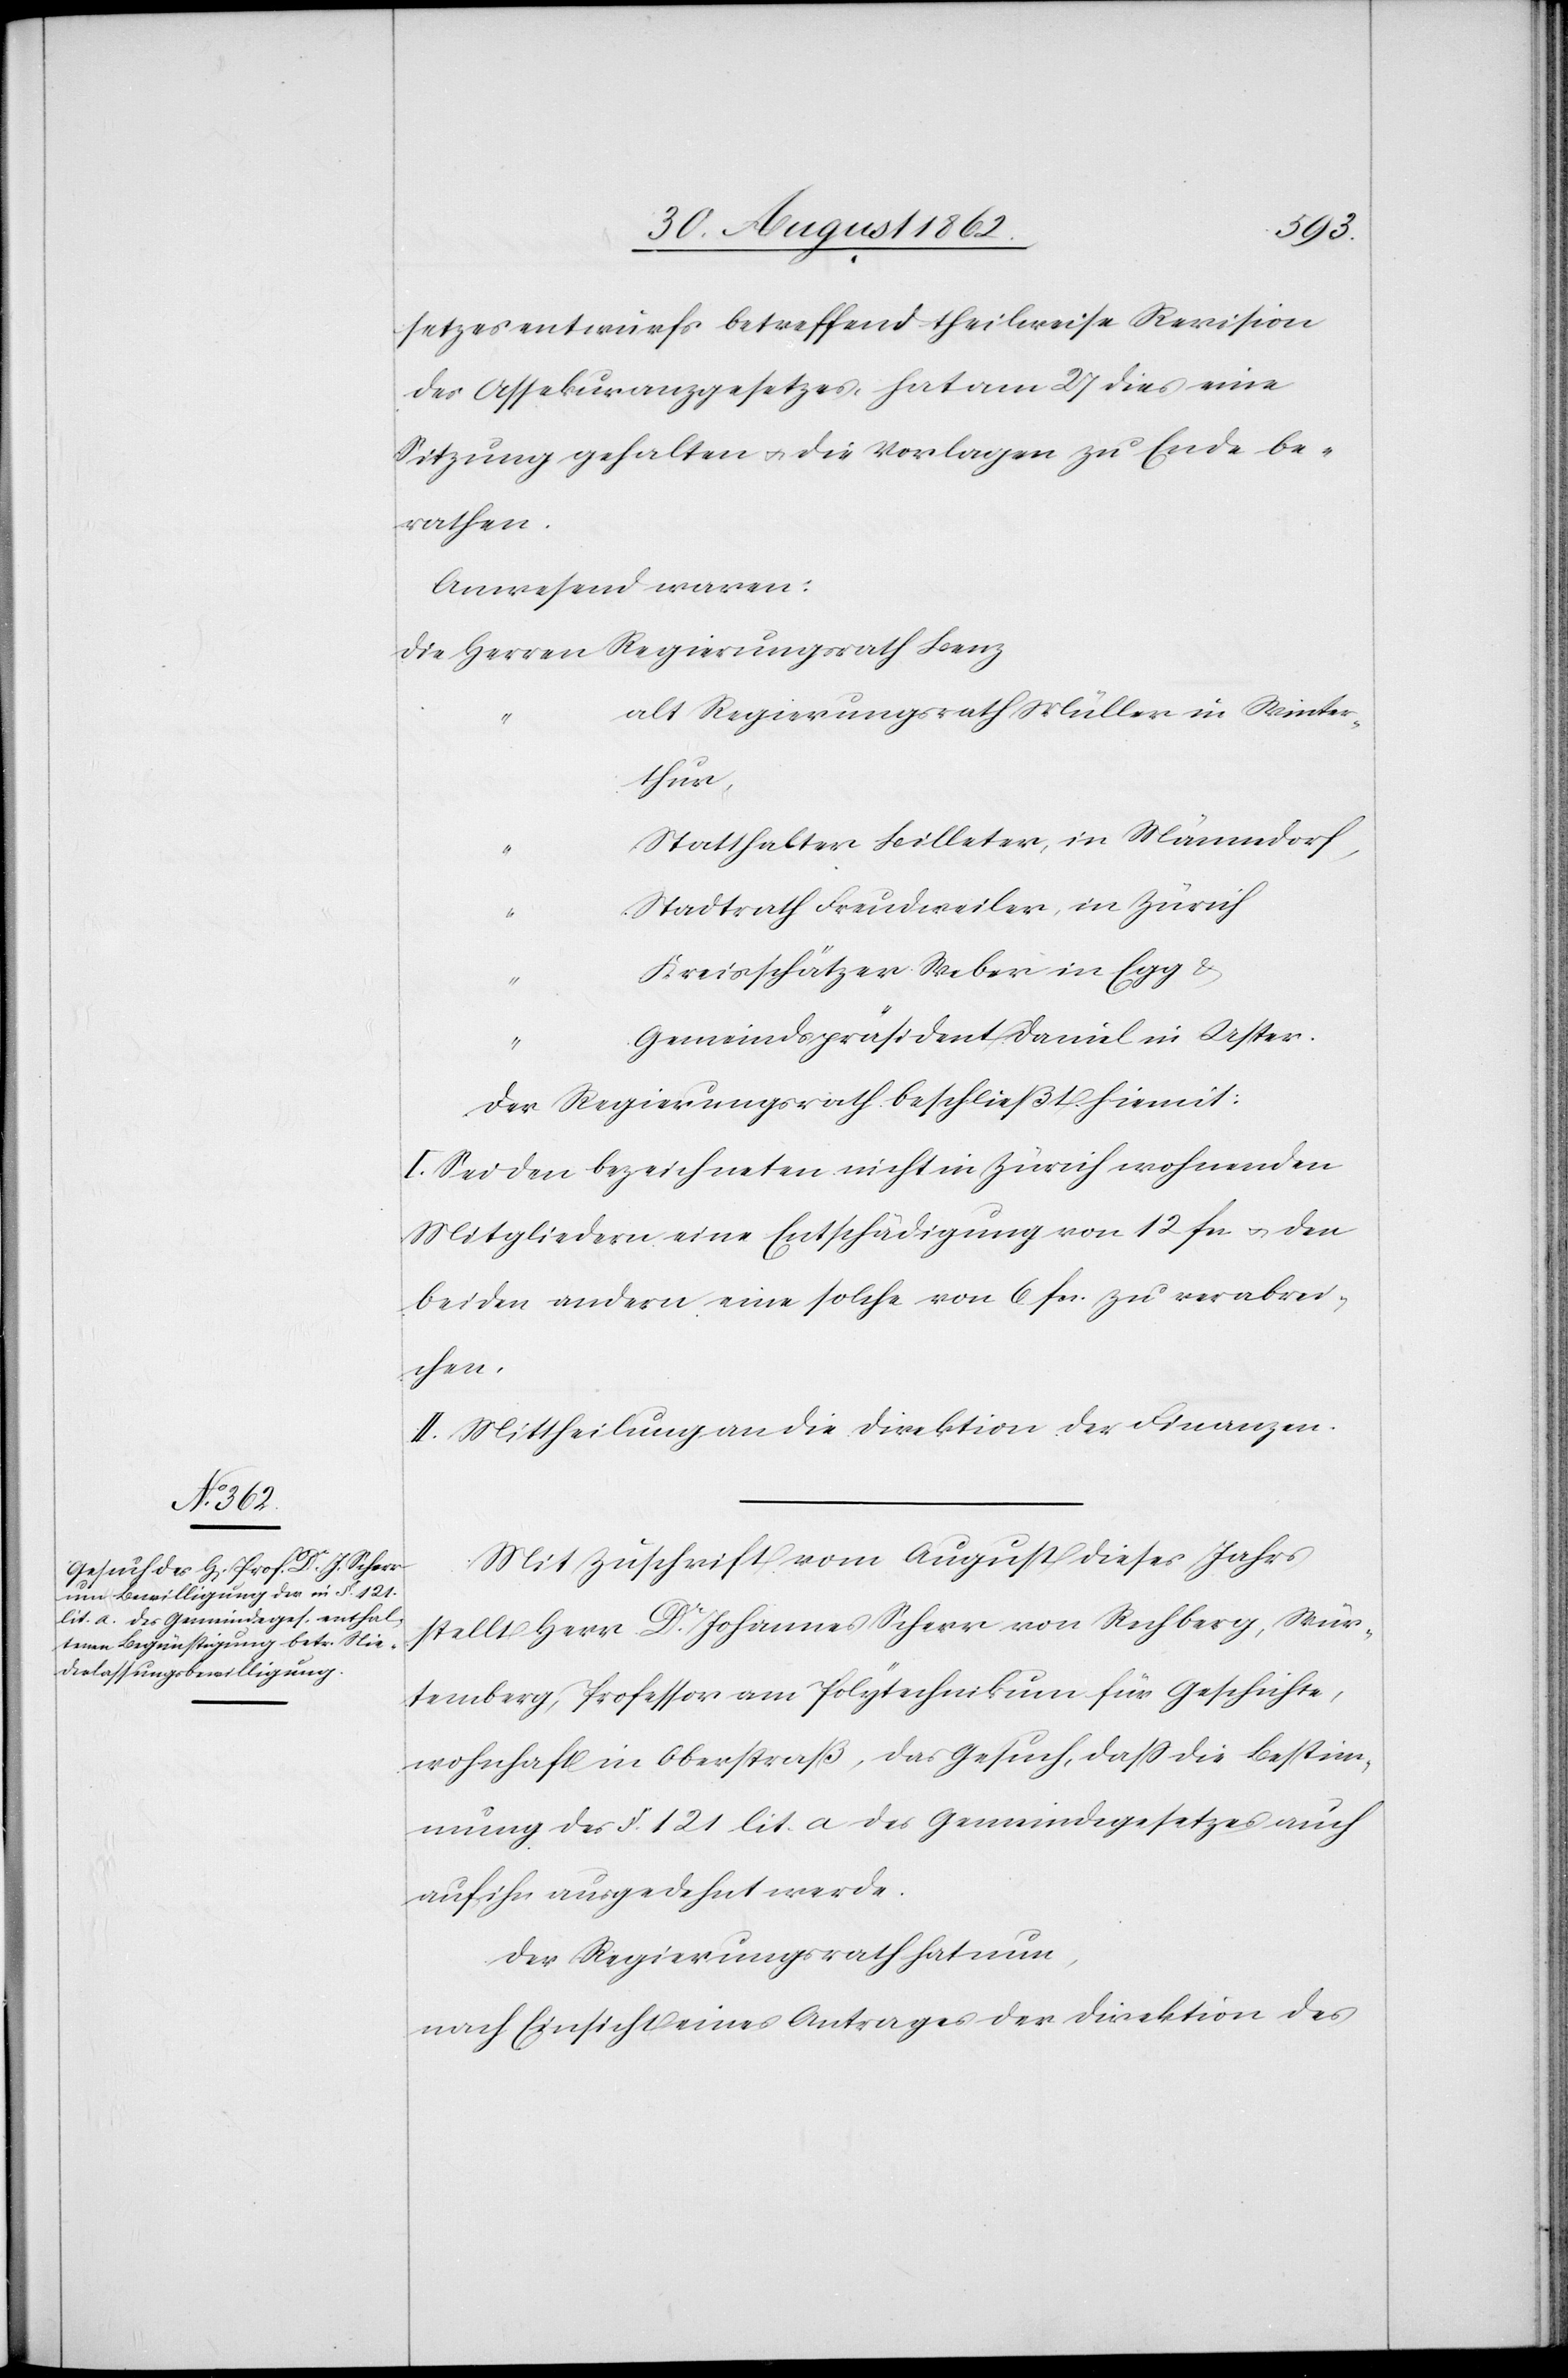
setzesentwurfs betreffend theilweise Revision
des Assekuranzgesetzes, hat am 27. dies eine
Sitzung gehalten u. die Vorlagen zu Ende be¬
rathen.
Anwesend waren:
alt Regierungsrath Müller in Winter¬
thur,
Statthalter Billeter, in Männedorf,
Stadtrath Freudweiler, in Zürich
Kreisschätzer Weber in Egg u.
Gemeindspräsident Daniel in Uster.
Der Regierungsrath beschließt hiemit:
I. Sei den bezeichneten nicht in Zürich wohnenden
Mitgliedern eine Entschädigung von 12 fcs. u. den
beiden andern eine solche von 6 fcs. zu verabrei¬
chen.
II. Mittheilung an die Direktion der Finanzen.
Mit Zuschrift vom August dieses Jahrs
stellt Herr Dr. Johannes Scherr von Rechberg, Wür¬
temberg, Professor am Polytechnikum für Geschichte,
wohnhaft in Oberstraß, das Gesuch, daß die Bestim¬
mung des §. 121 lit. a des Gemeindegesetzes auch
auf ihn ausgedehnt werde.
Der Regierungsrath hat nun,
nach Einsicht eines Antrages der Direktion des